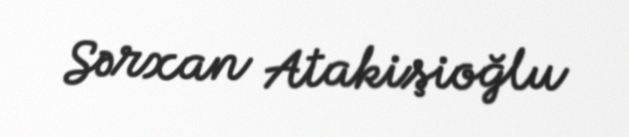
Sərxan Atakişioğlu